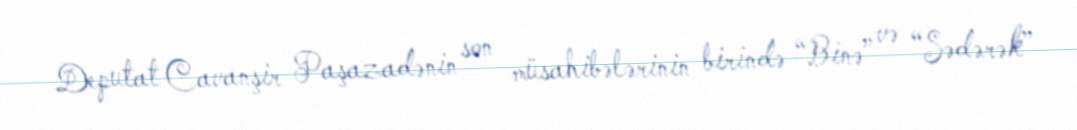
Deputat Cavanşir Paşazadənin son müsahibələrinin birində “Binə” və “Sədərək”